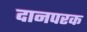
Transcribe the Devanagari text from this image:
दानपरक